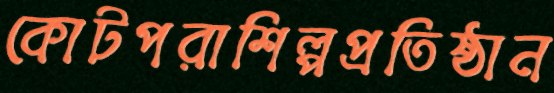
কোটপরাশিল্পপ্রতিষ্ঠান